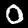
Label: 0